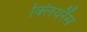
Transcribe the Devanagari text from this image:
क्लियरैंस